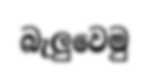
බැලුවෙමු